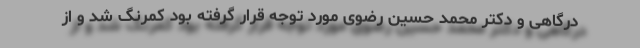
درگاهی و دکتر محمد حسین رضوی مورد توجه قرار گرفته بود کمرنگ شد و از